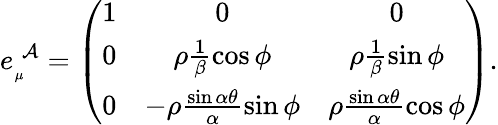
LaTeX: e_{_{\mu}}^{\; \mathcal{A}}=\left(\begin{array}{ccc}{{1}}&{{0}}&{{0}}\\ {{0}}&{{\rho\frac{1}{\beta}\cos\phi}}&{{\rho\frac{1}{\beta}\sin\phi}}\\ {{0}}&{{-\rho\frac{\sin\alpha\theta}{\alpha}\sin\phi}}&{{\rho\frac{\sin\alpha\theta}{\alpha}\cos\phi}}\end{array}\right).